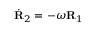
\dot { \bf R } _ { 2 } = - \omega { \bf R } _ { 1 }